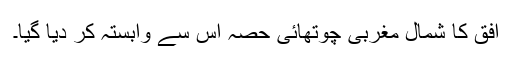
افق کا شمال مغربی چوتھائی حصہ اس سے وابستہ کر دیا گیا۔